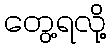
တွေ့ရလို့